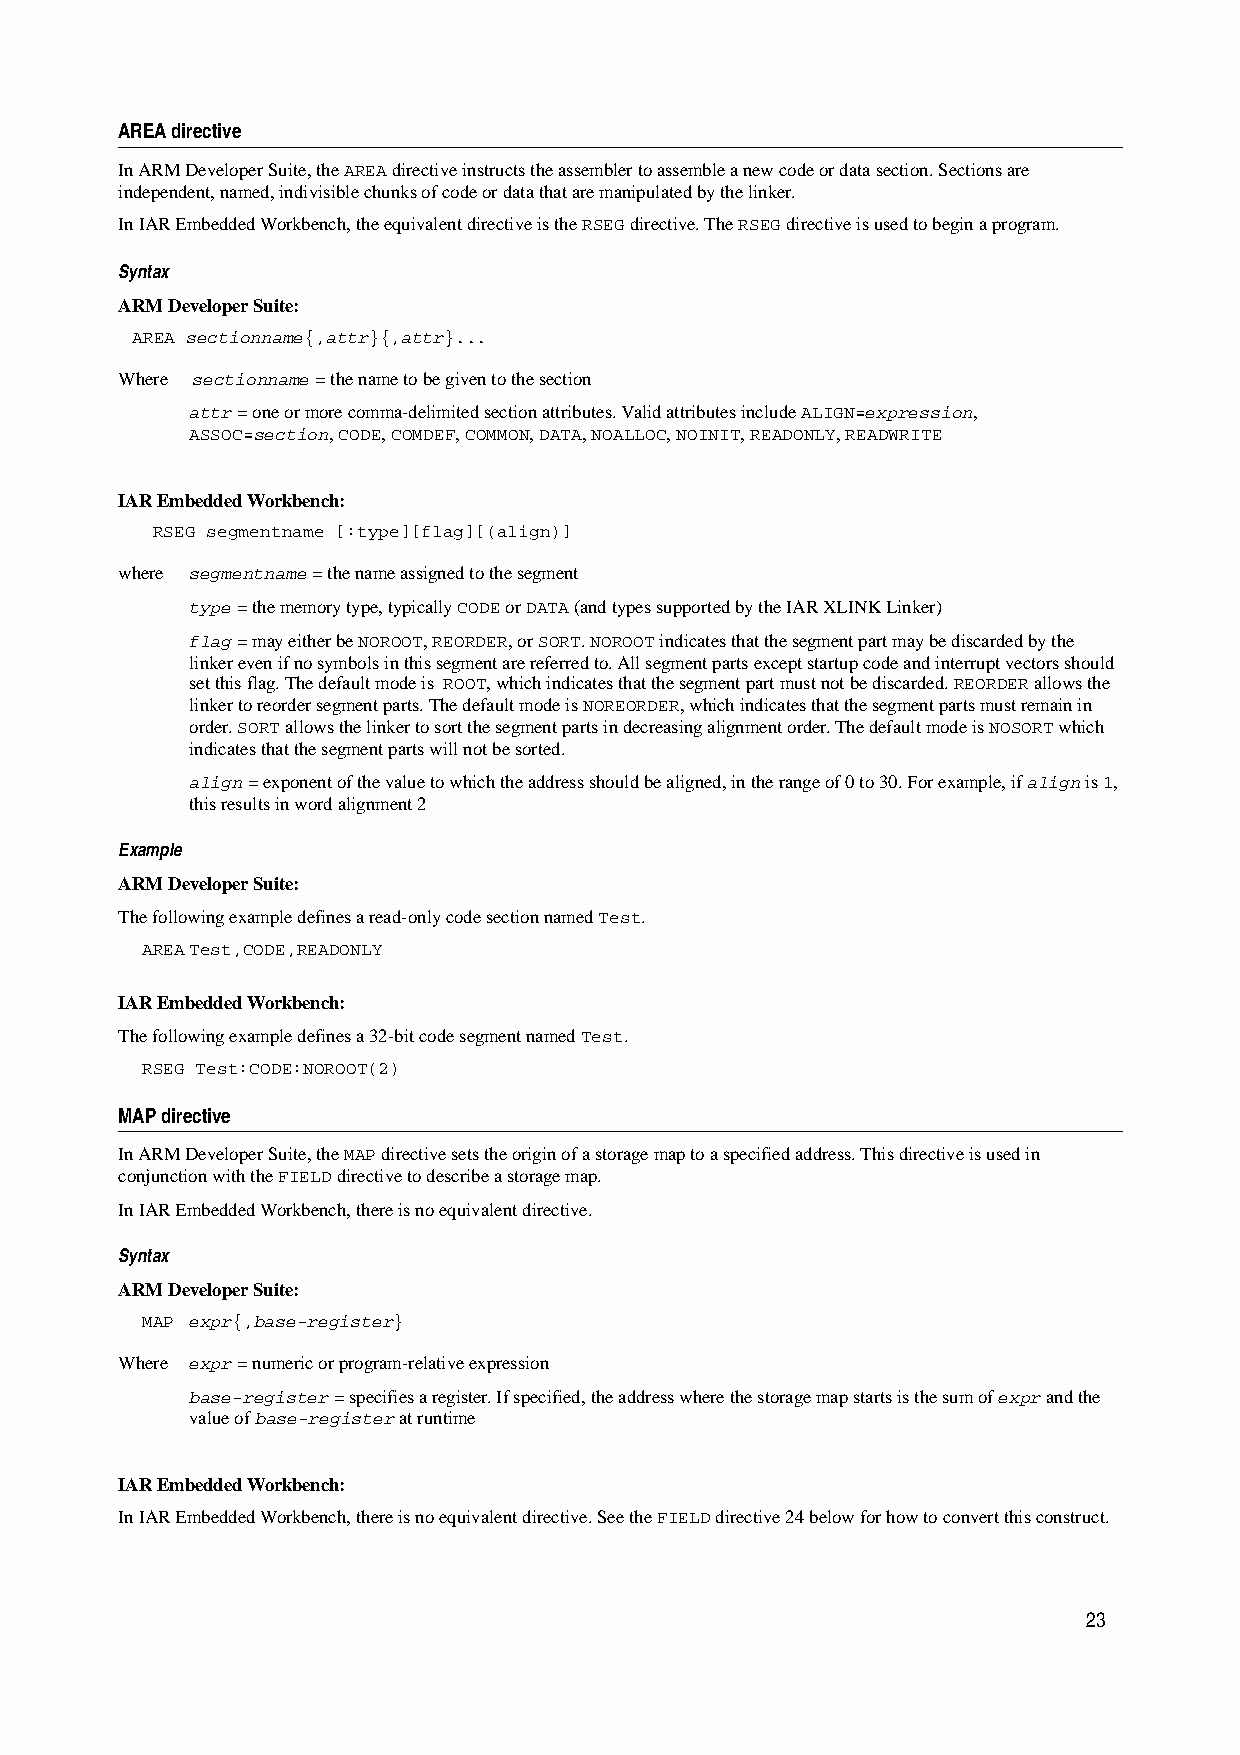
AREA directive
 In ARM Developer Suite, the AREA directive instructs the assembler to assemble a new code or data section. Sections are
 independent, named, indivisible chunks of code or data that are manipulated by the linker.
 In IAR Embedded Workbench, the equivalent directive is the RSEG directive. The RSEG directive is used to begin a program.
 Syntax
 ARM Developer Suite:
 AREA sectionname{,attr}{,attr}...
 Where sectionname = the name to be given to the section
 attr = one or more comma-delimited section attributes. Valid attributes include ALIGN=expression,
 ASSOC=section, CODE, COMDEF, COMMON, DATA, NOALLOC, NOINIT, READONLY, READWRITE
 IAR Embedded Workbench:
 RSEG segmentname [:type][flag][(align)]
 where segmentname = the name assigned to the segment
 type = the memory type, typically CODE or DATA (and types supported by the IAR XLINK Linker)
 flag = may either be NOROOT, REORDER, or SORT. NOROOT indicates that the segment part may be discarded by the
 linker even if no symbols in this segment are referred to. All segment parts except startup code and interrupt vectors should
 set this flag. The default mode is ROOT, which indicates that the segment part must not be discarded. REORDER allows the
 linker to reorder segment parts. The default mode is NOREORDER, which indicates that the segment parts must remain in
 order. SORT allows the linker to sort the segment parts in decreasing alignment order. The default mode is NOSORT which
 indicates that the segment parts will not be sorted.
 align = exponent of the value to which the address should be aligned, in the range of 0 to 30. For example, if align is 1,
 this results in word alignment 2
 Example
 ARM Developer Suite:
 The following example defines a read-only code section named Test.
 AREATest,CODE,READONLY
 IAR Embedded Workbench:
 The following example defines a 32-bit code segment named Test.
 RSEG Test:CODE:NOROOT(2)
 MAP directive
 In ARM Developer Suite, the MAP directive sets the origin of a storage map to a specified address. This directive is used in
 conjunction with the FIELD directive to describe a storage map.
 In IAR Embedded Workbench, there is no equivalent directive.
 Syntax
 ARM Developer Suite:
 MAP expr{,base-register}
 Where expr = numeric or program-relative expression
 base-register = specifies a register. If specified, the address where the storage map starts is the sum of expr and the
 value of base-register at runtime
 IAR Embedded Workbench:
 In IAR Embedded Workbench, there is no equivalent directive. See the FIELD directive 24 below for how to convert this construct.
 23